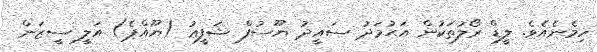
ހިމެެނެއެވެ. ލީޑް ރޯލުތަކުން އަޙުމަދު ސައީދު ޔޫސުފް ޝަފީޢު (ޔޫއްޕެ) އަލީ ސީޒަން